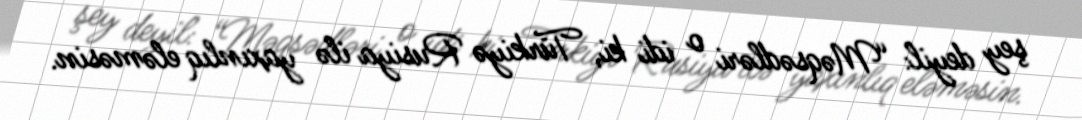
şey deyil: “Məqsədləri o idi ki, Türkiyə Rusiya ilə yaxınlıq eləməsin.